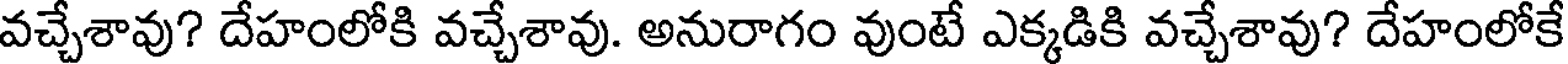
వచ్చేశావు? దేహంలోకి వచ్చేశావు. అనురాగం వుంటే ఎక్కడికి వచ్చేశావు? దేహంలోకే